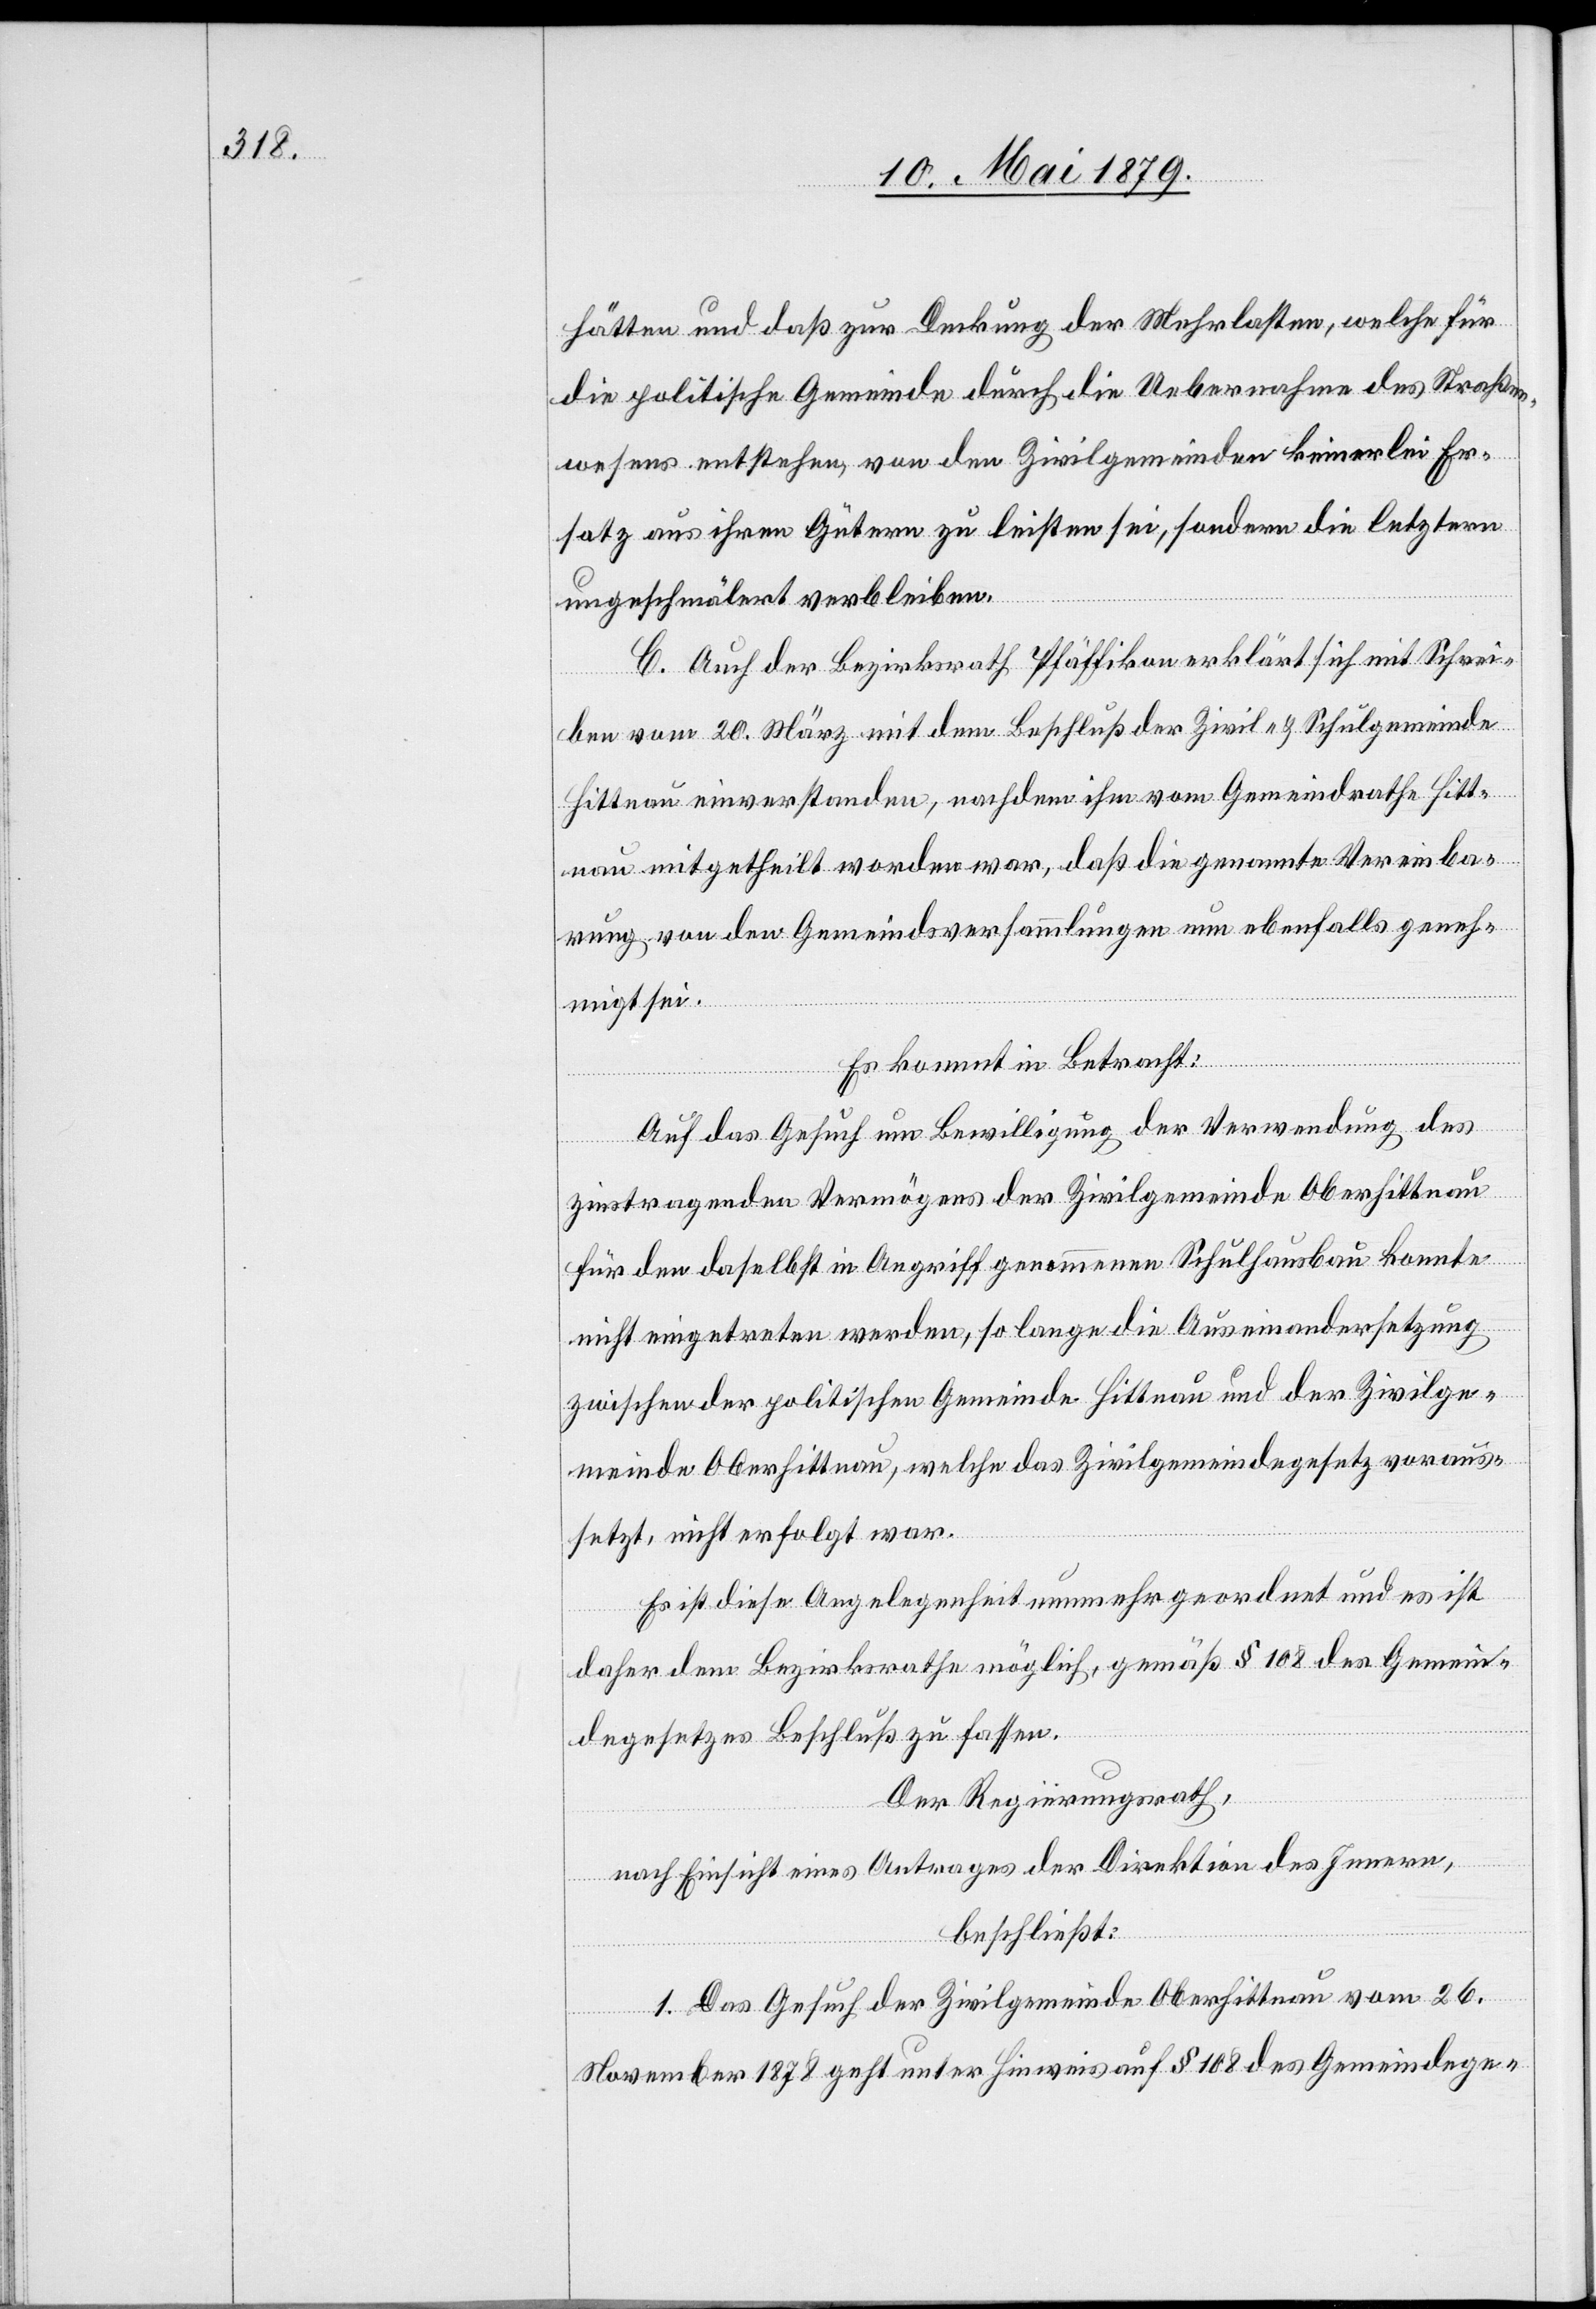
hätten und daß zur Deckung der Mehrlasten, welche für
die politische Gemeinde durch die Uebernahme des Straßen¬
wesens entstehen, von den Zivilgemeinden keinerlei Er¬
satz aus ihren Gütern zu leisten sei, sondern die letztern
ungeschmälert verbleiben.
C. Auch der Bezirksrath Pfäffikon erklärt sich mit Schrei¬
ben vom 20. März mit dem Beschluß der Zivil- & Schulgemeinde
Hittnau einverstanden, nachdem ihm vom Gemeindrathe Hitt¬
nau mitgetheilt worden war, daß die genannte Vereinba¬
rung von den Gemeindsversammlungen nun ebenfalls geneh¬
migt sei.
Es kommt in Betracht:
Auf das Gesuch um Bewilligung der Verwendung des
zinstragenden Vermögens der Zivilgemeinde Oberhittnau
für den daselbst in Angriff genommenen Schulhausbau konnte
nicht eingetreten werden, so lange die Auseinandersetzung
zwischen der politischen Gemeinde Hittnau und der Zivilge¬
meinde Oberhittnau, welche das Zivilgemeindegesetz voraus¬
setzt, nicht erfolgt war.
Es ist diese Angelegenheit nunmehr geordnet und es ist
daher dem Bezirksrathe möglich, gemäß § 108 des Gemein¬
degesetzes Beschluß zu fassen.
Der Regierungsrath,
nach Einsicht eines Antrages der Direktion des Innern,
beschließt:
1. Das Gesuch der Zivilgemeinde Oberhittnau vom 26.
November 1878 geht unter Hinweis auf § 108 des Gemeindege-